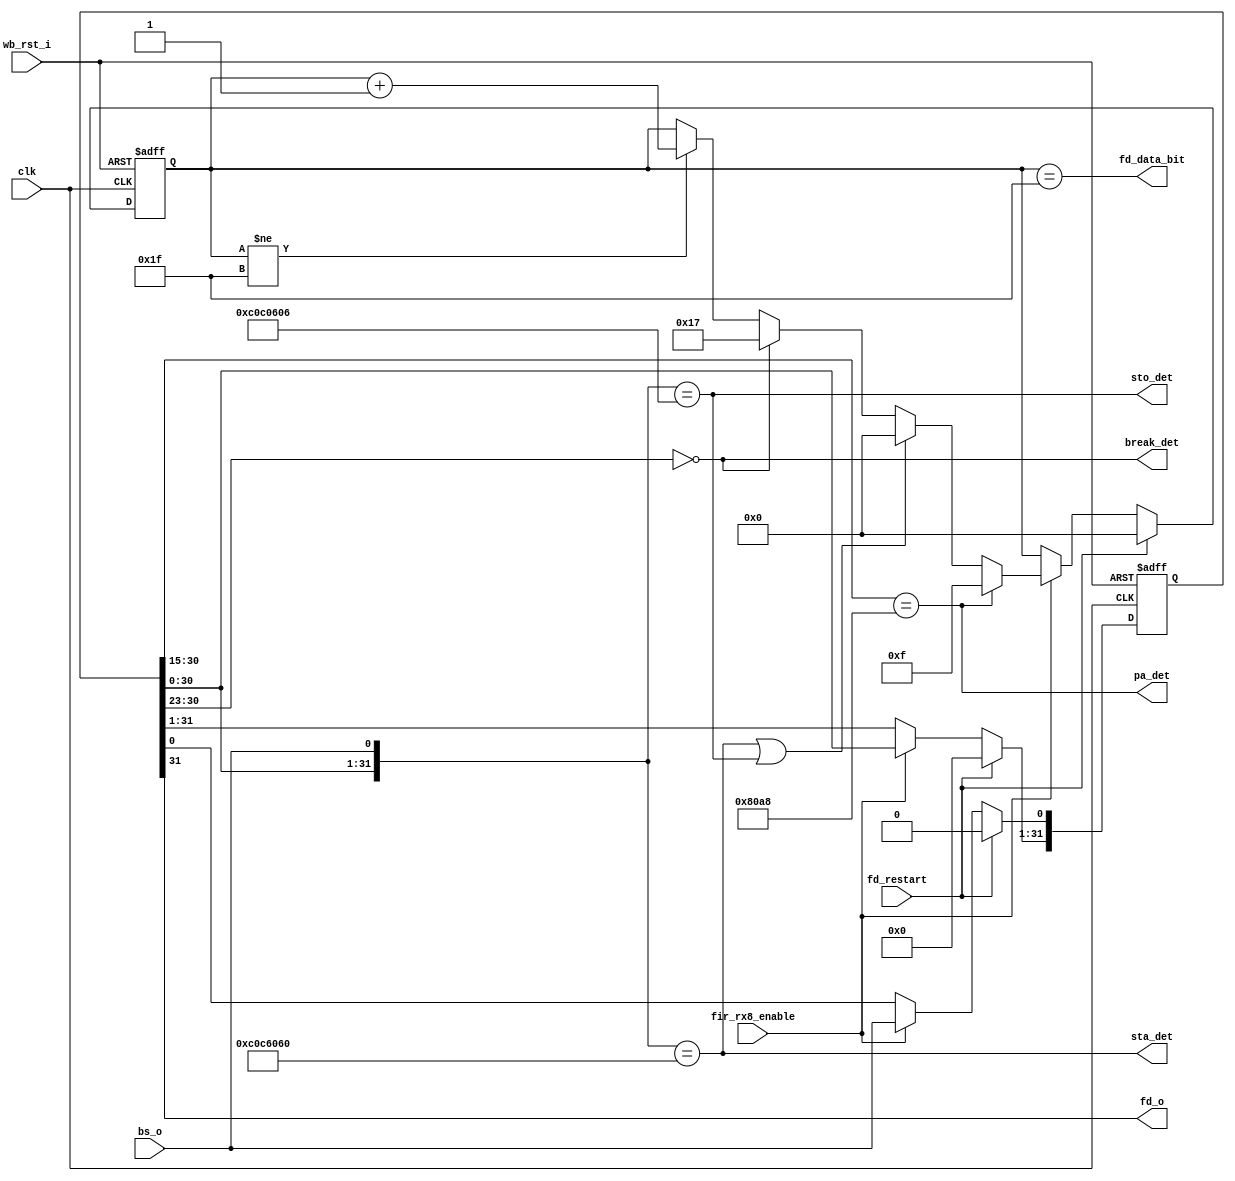
module irda_fir_flag_det (clk, wb_rst_i, fd_restart, fir_rx8_enable, bs_o, pa_det, sta_det, sto_det, 
	break_det, fd_data_bit, fd_o);

input		clk;
input		wb_rst_i;
input		fd_restart;
input		fir_rx8_enable;
input		bs_o;
output	pa_det;
output	sta_det;
output	sto_det;
output	break_det;
output	fd_data_bit; // is bit at fd_o is a data bit
output	fd_o;		// bit output

reg	[31:0]	temp32;
reg	[4:0]		front;

// temp shift register
always @(posedge clk or posedge wb_rst_i)
begin
	if (wb_rst_i) begin
		temp32 <= #1 0;
	end else if (fd_restart) begin
		temp32 <= #1 0;
	end else if (fir_rx8_enable) begin
		temp32[31:1] <= #1 temp32[30:0];
		temp32[0]    <= #1 bs_o;
	end
end

assign pa_det = ( temp32[30:15] == 16'b1000_0000_1010_1000);
assign sta_det = ( {temp32[30:0], bs_o} == 32'b0000_1100_0000_1100_0110_0000_0110_0000 );
assign sto_det = ( {temp32[30:0], bs_o} == 32'b0000_1100_0000_1100_0000_0110_0000_0110 );
assign break_det = (temp32[30:23] == 8'b0000_0000);

// front pointer logic
always @(posedge clk or posedge wb_rst_i)
begin
	if (wb_rst_i) begin
		front <= #1 0;
	end else if (fd_restart) begin
		front <= #1 0;
	end else if (fir_rx8_enable) begin
		if (pa_det)
			front <= #1 15;
		else if (sta_det || sto_det)
			front <= #1 0;
		else if (break_det)
			front <= #1 23;
		else if (front != 31)
			front <= #1 front + 1;
	end
end

assign fd_data_bit = (front == 31);
assign fd_o = temp32[31];

endmodule